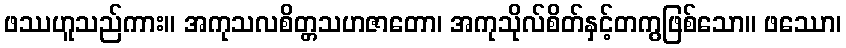
ဖဿဟူသည်ကား။ အကုသလစိတ္တသဟဇာတော၊ အကုသိုလ်စိတ်နှင့်တကွဖြစ်သော။ ဖဿော၊